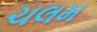
ચલમ